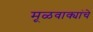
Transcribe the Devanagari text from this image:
मूळवाक्यांचे